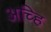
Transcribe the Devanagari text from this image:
अच्हि